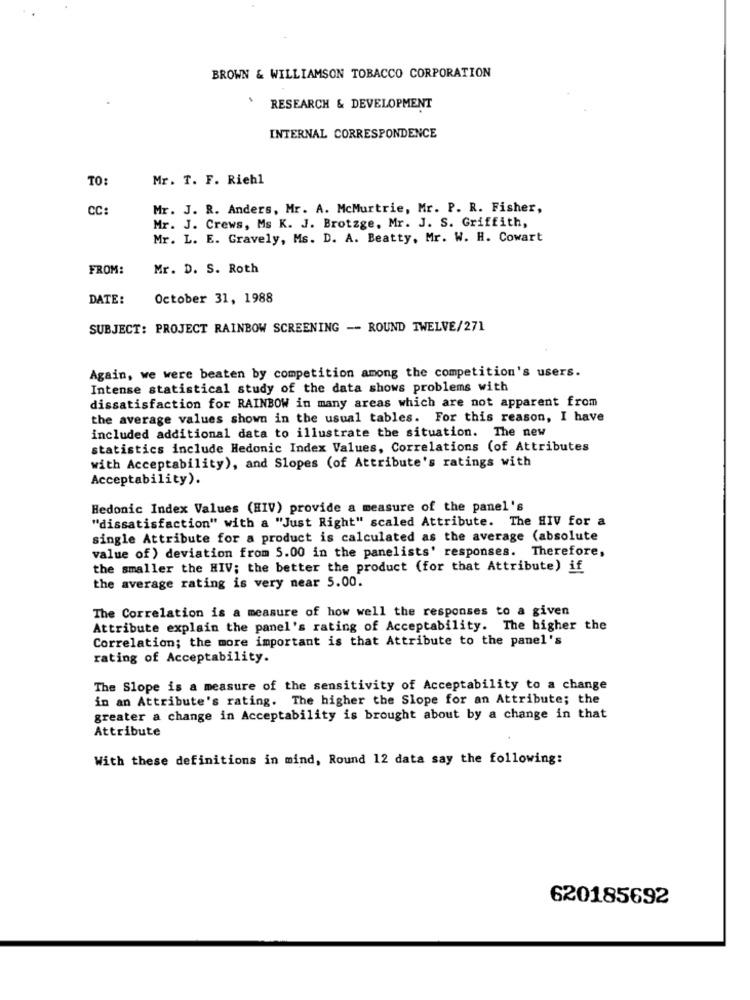
BROWN & WILLIAMSON TOBACCO CORPORATION
RESEARCH & DEVELOPMENT
INTERNAL CORRESPONDENCE
TO:
Mr. T. F. Riehl
CC:
Mr. J. R. Anders, Mr. A. McMurtrie, Mr. P. R. Fisher,
Mr. J. Crews, Ms K. J. Brotzge, Mr. J. S. Griffith,
Mr. L. E. Gravely, Ms. D. A. Beatty, Mr. W. H. Cowart
FROM:
Mr. D. S. Roth
DATE:
October 31, 1988
SUBJECT: PROJECT RAINBOW SCREENING -- ROUND TWELVE/271
Again, we were beaten by competition among the competition's users.
Intense statistical study of the data shows problems with
dissatisfaction for RAINBOW in many areas which are not apparent from
the average values shown in the usual tables. For this reason, I have
included additional data to illustrate the situation. The new
statistics include Hedonic Index Values, Correlations (of Attributes
with Acceptability), and Slopes (of Attribute's ratings with
Acceptability).
Hedonic Index Values (HIV) provide a measure of the panel's
"dissatisfaction" with a "Just Right" scaled Attribute. The HIV for a
single Attribute for a product is calculated as the average (absolute
value of ) deviation from 5.00 in the panelists' responses. Therefore,
the smaller the HIV; the better the product (for that Attribute) if
the average rating is very near 5.00.
The Correlation is a measure of how well the responses to a given
Attribute explain the panel's rating of Acceptability. The higher the
Correlation; the more important is that Attribute to the panel's
rating of Acceptability.
The Slope is a measure of the sensitivity of Acceptability to a change
in an Attribute's rating. The higher the Slope for an Attribute; the
greater a change in Acceptability is brought about by a change in that
Attribute
With these definitions in mind, Round 12 data say the following:
620185692